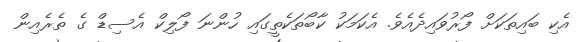
އެކި ބައިތަކަށް ފޯރުވައިދެއެވެ. އެކަމަކު ކާބޯތަކެތީގައި ހުންނަ ފޯލިކް އެސިޑް ގެ ތެރެއިން